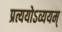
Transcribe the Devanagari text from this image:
प्रत्ययोऽव्ययम्